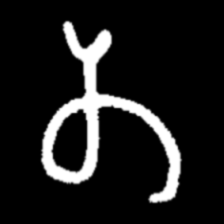
Pyu character \u2014 Myanmar letter: တ (romanized: ta)